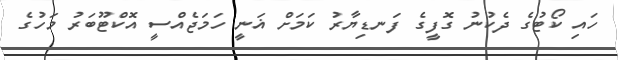
ހައި ކޯޓުގެ ދެކުނު ގޮފީގެ ފަނޑިޔާރު ކަމަށް ޣަނީ ހަމަޖެއްސީ އޮކްޓޫބަރު މަހުގެ